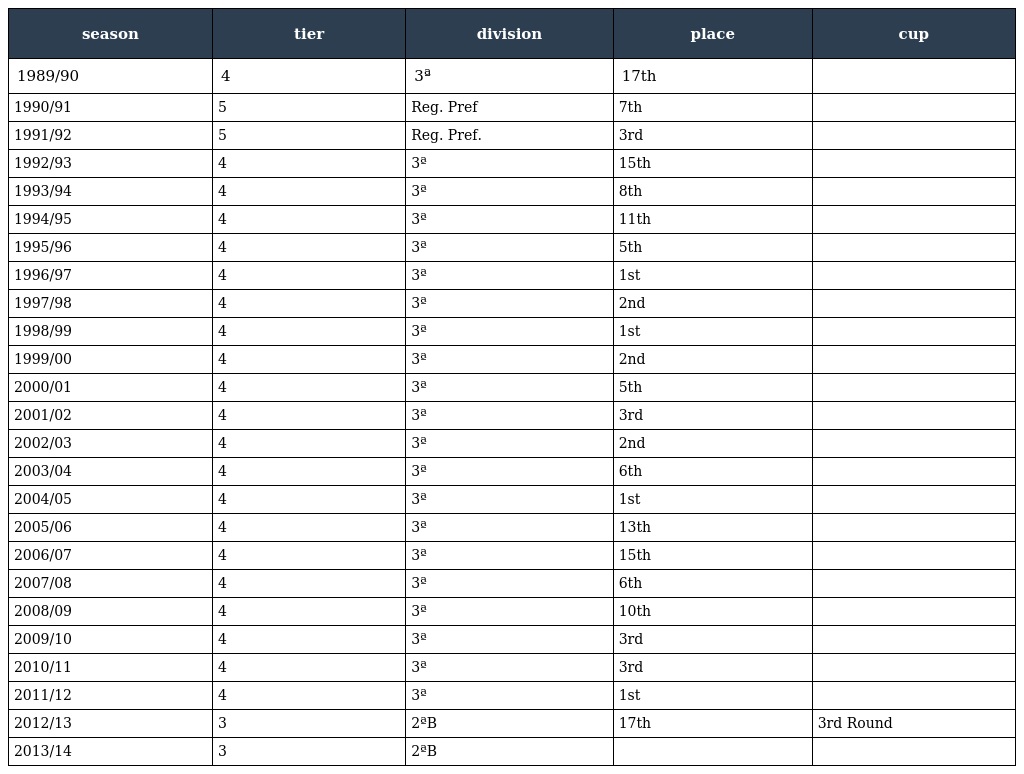
| season | tier | division | place | cup |
 | --- | --- | --- | --- | --- |
 | 1989/90 | 4 | 3ª | 17th |  |
 | 1990/91 | 5 | Reg. Pref | 7th |  |
 | 1991/92 | 5 | Reg. Pref. | 3rd |  |
 | 1992/93 | 4 | 3ª | 15th |  |
 | 1993/94 | 4 | 3ª | 8th |  |
 | 1994/95 | 4 | 3ª | 11th |  |
 | 1995/96 | 4 | 3ª | 5th |  |
 | 1996/97 | 4 | 3ª | 1st |  |
 | 1997/98 | 4 | 3ª | 2nd |  |
 | 1998/99 | 4 | 3ª | 1st |  |
 | 1999/00 | 4 | 3ª | 2nd |  |
 | 2000/01 | 4 | 3ª | 5th |  |
 | 2001/02 | 4 | 3ª | 3rd |  |
 | 2002/03 | 4 | 3ª | 2nd |  |
 | 2003/04 | 4 | 3ª | 6th |  |
 | 2004/05 | 4 | 3ª | 1st |  |
 | 2005/06 | 4 | 3ª | 13th |  |
 | 2006/07 | 4 | 3ª | 15th |  |
 | 2007/08 | 4 | 3ª | 6th |  |
 | 2008/09 | 4 | 3ª | 10th |  |
 | 2009/10 | 4 | 3ª | 3rd |  |
 | 2010/11 | 4 | 3ª | 3rd |  |
 | 2011/12 | 4 | 3ª | 1st |  |
 | 2012/13 | 3 | 2ªB | 17th | 3rd Round |
 | 2013/14 | 3 | 2ªB |  |  |